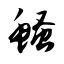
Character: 鳋